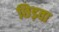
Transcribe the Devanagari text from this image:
छिड़वा